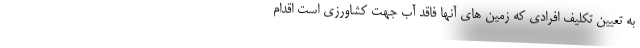
به تعیین تکلیف افرادی که زمین های آنها فاقد آب جهت کشاورزی است اقدام